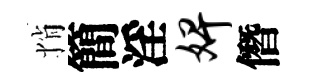
悄簡淫婢僭